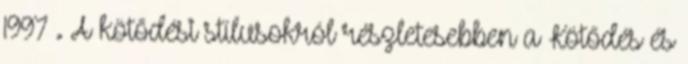
1997 . A kötődési stílusokról részletesebben a Kötődés és